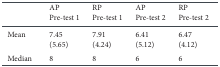
|  | AP Pre-test 1 | RP Pre-test 1 | AP Pre-test 2 | RP Pre-test 2 |
 | --- | --- | --- | --- | --- |
 | Mean | 7.45 | 7.91 | 6.41 | 6.47 |
 |  | (5.65) | (4.24) | (5.12) | (4.12) |
 | Median | 8 | 8 | 6 | 6 |